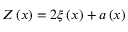
Z \left( x \right) = 2 \xi \left( x \right) + a \left( x \right)